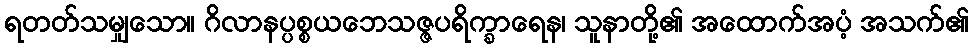
ရတတ်သမျှသော။ ဂိလာနပ္ပစ္စယဘေသဇ္ဇပရိက္ခာရေန၊ သူနာတို့၏ အထောက်အပံ့ အသက်၏